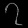
Digit: ၇